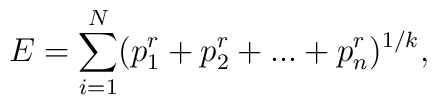
E=\sum^{N}_{i=1}( p_{1}^{r} + p_{2}^{r}  +...+p_{n}^{r})^{1/k},